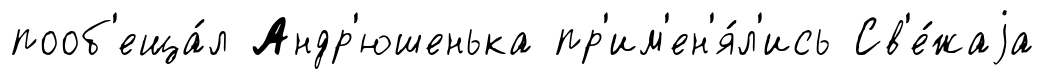
пооб'еща́л Андр'юшенька пр'им'ен'я́л'ись Св'е́жаjа